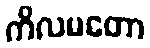
ကိလမတော